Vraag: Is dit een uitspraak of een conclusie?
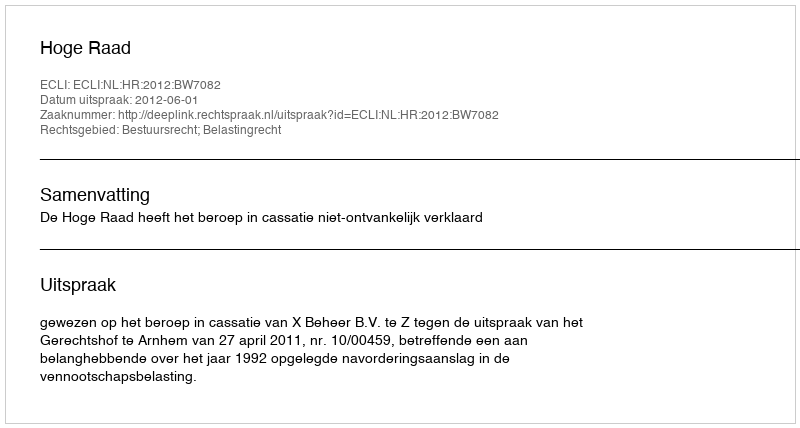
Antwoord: Uitspraak